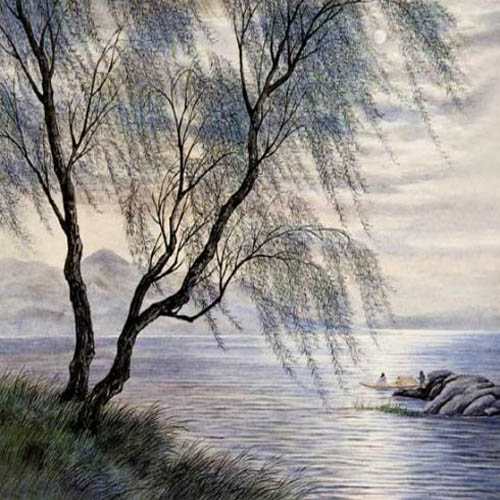
秋阴时晴渐向暝，变一庭凄冷。